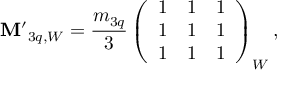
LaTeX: { \bf M ^ { \prime } } _ { 3 q , W } = { \frac { m _ { 3 q } } { 3 } } \left( \begin{array} { l l l } { { 1 } } & { { 1 } } & { { 1 } } \\ { { 1 } } & { { 1 } } & { { 1 } } \\ { { 1 } } & { { 1 } } & { { 1 } } \end{array} \right) _ { W } ,